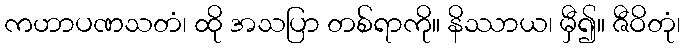
ကဟာပဏသတံ၊ ထို အသပြာ တစ်ရာကို။ နိဿာယ၊ မှီ၍။ ဇီဝိတုံ၊